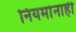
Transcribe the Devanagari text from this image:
नियमांनाही